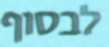
לבסוף